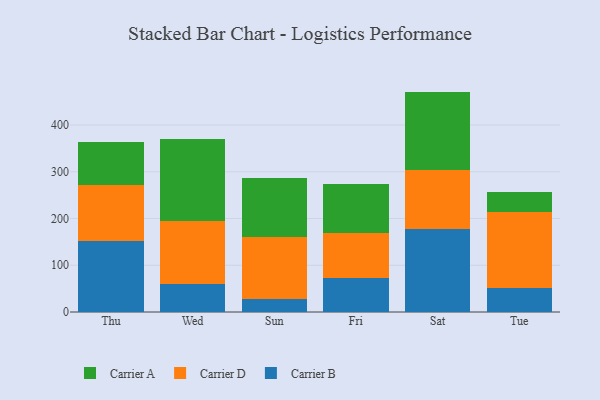
{"axis": {"x": "Day", "y": "Waste Production (Tons)"}, "legend": ["Carrier A", "Carrier B", "Carrier D"], "data": [{"x": "Thu", "y": 151.1, "type": "Carrier B"}, {"x": "Thu", "y": 121.3, "type": "Carrier D"}, {"x": "Thu", "y": 92.0, "type": "Carrier A"}, {"x": "Wed", "y": 60.4, "type": "Carrier B"}, {"x": "Wed", "y": 134.8, "type": "Carrier D"}, {"x": "Wed", "y": 174.2, "type": "Carrier A"}, {"x": "Sun", "y": 26.8, "type": "Carrier B"}, {"x": "Sun", "y": 132.9, "type": "Carrier D"}, {"x": "Sun", "y": 126.4, "type": "Carrier A"}, {"x": "Fri", "y": 72.0, "type": "Carrier B"}, {"x": "Fri", "y": 97.2, "type": "Carrier D"}, {"x": "Fri", "y": 105.2, "type": "Carrier A"}, {"x": "Sat", "y": 178.5, "type": "Carrier B"}, {"x": "Sat", "y": 124.3, "type": "Carrier D"}, {"x": "Sat", "y": 168.7, "type": "Carrier A"}, {"x": "Tue", "y": 51.1, "type": "Carrier B"}, {"x": "Tue", "y": 162.3, "type": "Carrier D"}, {"x": "Tue", "y": 43.0, "type": "Carrier A"}]}